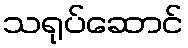
သရုပ်ဆောင်